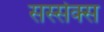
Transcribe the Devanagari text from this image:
सस्सेक्स